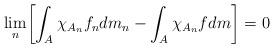
LaTeX: \begin{align*} \lim_n \biggl[\int_A\chi_{A_n} f_ndm_n - \int_A\chi_{A_n}fdm\biggr]=0\end{align*}